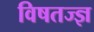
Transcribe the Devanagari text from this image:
विषतज्ज्ञ